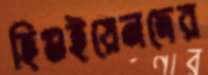
হিগুইয়েনদের